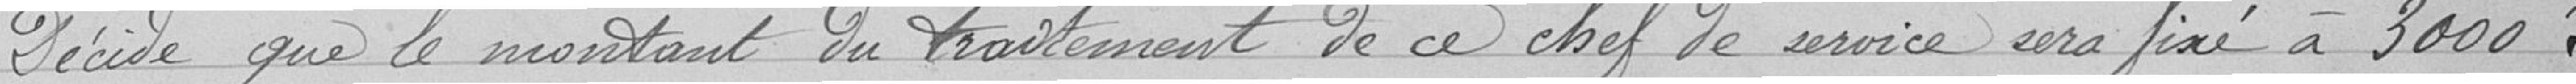
Décide que le montant du traitement de ce chef de service sera fixé à 3000 francs